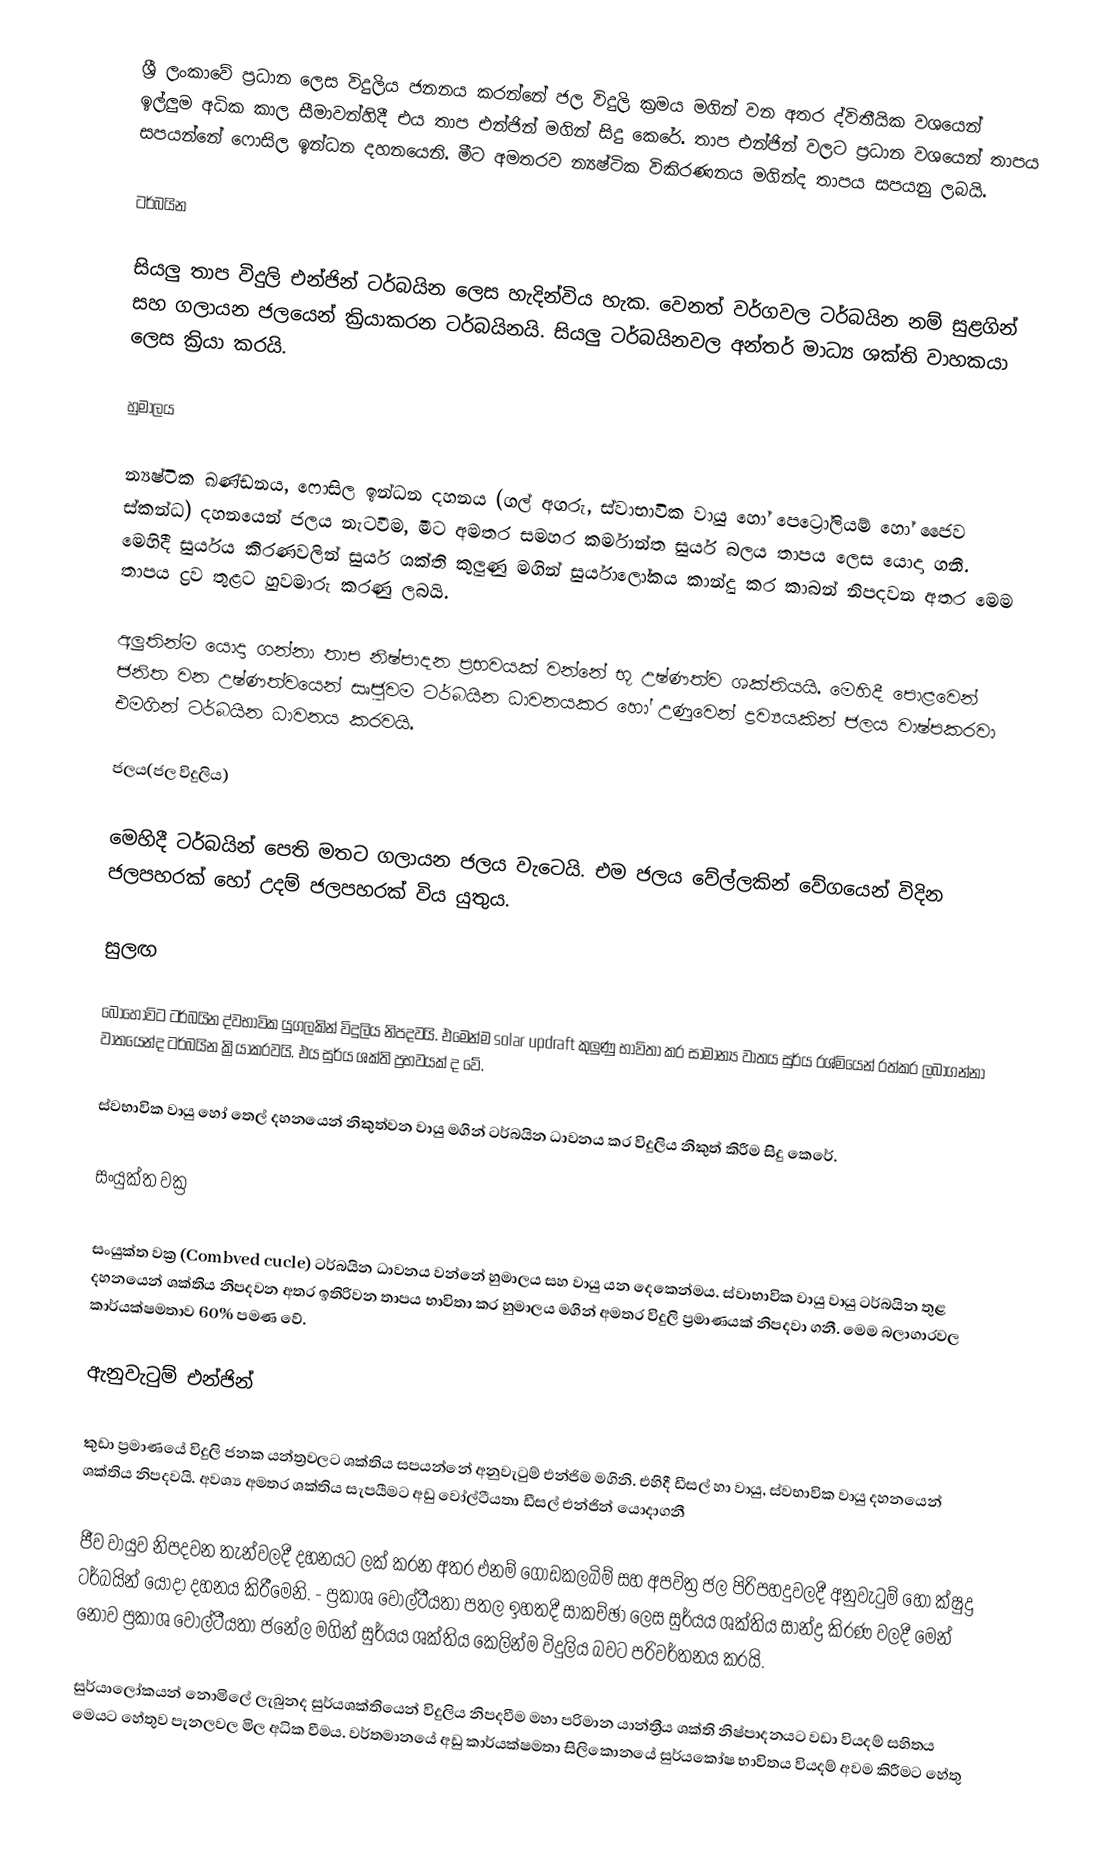
ශ්‍රී ලංකාවේ ප්‍රධාන ලෙස විදුලිය ජනනය කරන්නේ ජල විදුලි ක්‍රමය මගින් වන අතර ද්විතීයික වශයෙන් ඉල්ලුම අධික කාල සීමාවන්හිදී එය තාප එන්ජින් මගින් සිදු කෙරේ. තාප එන්ජින් වලට ප්‍රධාන වශයෙන් තාපය සපයන්නේ ෆොසිල ඉන්ධන දහනයෙනි. මීට අමතරව න්‍යෂ්ටික විකිරණනය මගින්ද තාපය සපයනු ලබයි.

ටර්බයින

සියලු තාප විදුලි එන්ජින් ටර්බයින ලෙස හැදින්විය හැක. වෙනත් වර්ගවල ටර්බයින නම් සුළගින් සහ ගලායන ජලයෙන් ක්‍රියාකරන ටර්බයිනයි. සියලු ටර්බයිනවල අන්තර් මාධ්‍ය ශක්ති වාහකයා ලෙස ක්‍රියා කරයි.

හුමාලය

න්‍යෂ්ටික ඛණ්ඩනය, ෆොසිල ඉන්ධන දහනය (ගල් අගරු, ස්වාභාවික වායු හෝ පෙට්‍රෝලියම් හෝ ජෛව ස්කන්ධ) දහනයෙන් ජලය නැට‍වීම, මීට අමතර සමහර කර්මාන්ත සුර්ය බලය තාපය ලෙස යොදා ගනී. මෙහිදී සුර්යය කිරණවලින් සුර්ය ශක්ති කුලුණු මගින් සුර්යාලෝකය කාන්දු කර කාබන් නිපදවන අතර මෙම තාපය ද්‍රව තුළට හුවමාරු කරණු ලබයි.

අලුතින්ම යොදා ගන්නා තාප නිෂ්පාදන ප්‍රභවයක් වන්නේ භූ උෂ්ණත්ව ශක්තියයි. මෙහිදී පොළවෙන් ජනිත වන උෂ්ණත්වයෙන් සෘජුවම ටර්බයින ධාවනයකර හෝ උණුවෙන් ද්‍රව්‍යයකින් ජලය වාෂ්පකරවා එමගින් ටර්බයින ධාවනය කරවයි.

ජලය(ජල විදුලිය)

මෙහිදී ටර්බයින් පෙති මතට ගලායන ජලය වැටෙයි. එම ජලය වේල්ලකින් වේගයෙන් විදින ජලපහරක් හෝ උදම් ජලපහරක් විය යුතුය.

සුලඟ

බොහෝවිට ටර්බයින ද්වභාවික යුගලකින් විදුලිය නිපදවයි. එමෙන්ම solar updraft කුලුණු භාවිතා කර සාමාන්‍ය වාතය සුර්ය රශ්මියෙන් රත්කර ලබාගන්නා වාතයෙන්ද ටර්බයින ක්‍රියාකරවයි. එය සුර්ය ශක්ති ප්‍රභවයක් ද වේ.

ස්වභාවික වායු හෝ තෙල් දහනයෙන් නිකුත්වන  වායු මගින් ටර්බයින ධාවනය කර විදුලිය නිකුත් කිරීම සිදු කෙරේ.

සංයුක්ත වක්‍ර

සංයුක්ත වක්‍ර (Combved cucle) ටර්බයින ධාවනය වන්නේ හුමාලය සහ වායු යන දෙකෙන්මය. ස්වාභාවික වායු වායු ටර්බයින තුළ දහනයෙන් ශක්තිය නිපදවන අතර ඉතිරිවන තාපය භාවිතා කර හුමාලය මගින් අමතර විදුලි ප්‍රමාණයක් නිපදවා ගනී. මෙම බලාගාරවල කාර්යක්ෂමතාව 60% පමණ වේ.

ඇනුවැටුම් එන්ජින්

කුඩා ප්‍රමාණයේ විදුලි ජනක යන්ත්‍රවලට ශක්තිය සපයන්නේ අනුවැටුම් එන්ජිම මගිනි. එහිදී ඩීසල් හා වායු, ස්වභාවික වායු දහනයෙන් ශක්තිය නිපදවයි. අවශ්‍ය අමතර ශක්තිය සැපයීමට අඩු වෝල්ටීයතා ඩීසල් එන්ජින් යොදාගනී

ජීව වායුව නිපදවන තැන්වලදී දහනයට ලක් කරන අතර එනම් ගොඩකලබිම් සහ අපවිත්‍ර ජල පිරිපහදුවලදී අනුවැටුම් හෝ ක්ෂුද්‍ර ටර්බයින් යොදා දහනය කිරීමෙනි. - ප්‍රකාශ වෝල්ටීයතා පතල ඉහතදී සාකච්ඡා ලෙස සුර්යය ශක්තිය සාන්ද්‍ර කිරණ වලදී මෙන් නොව ප්‍රකාශ වෝල්ටීයතා ජනේල මගින් සුර්යය ශක්තිය කෙලින්ම විදුලිය බවට පරිවර්තනය කරයි.

සුර්යාලෝකයන් නොමිලේ ලැබුනද සුර්යශක්තියෙන් විදුලිය නිපදවීම මහා පරිමාන යාන්ත්‍රීය ශක්ති නිෂ්පාදනයට වඩා වියදම් සහිතය මෙයට හේතුව පැනලවල මිල අධික වීමය. වර්තමානයේ අඩු කාර්යක්ෂමතා සිලිකොනයේ සුර්යකෝෂ භාවිතය වියදම් අවම කිරීමට හේතු